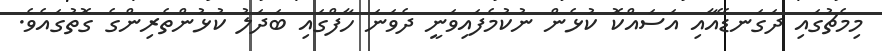
މިމެޗުގައި ދަގަނޑޭއާއި އަސައްކޮ ކުޅެން ނުކުމެފައިވަނީ ދެވަނަ ހާފްގައި ބަދަލު ކުޅުންތެރިންގެ ގޮތުގައެވެ.